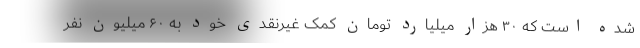
شده است که ۳۰ هزار میلیارد تومان کمک غیرنقدی خود به ۶۰ میلیون نفر